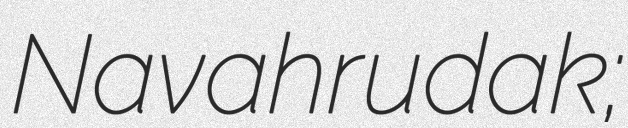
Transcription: Navahrudak;